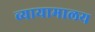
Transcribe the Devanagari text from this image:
व्यायामालय